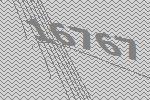
16767